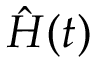
\hat { H } ( t )